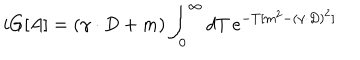
i G [ A ] = ( \gamma \cdot D + m ) \int _ { 0 } ^ { \infty } d T \, e ^ { - T [ m ^ { 2 } - ( \gamma \cdot D ) ^ { 2 } ] }